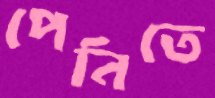
পেনিতে